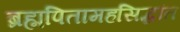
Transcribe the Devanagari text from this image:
ब्रह्मपितामहसिद्धांत